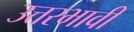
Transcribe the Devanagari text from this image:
उत्तरभावी